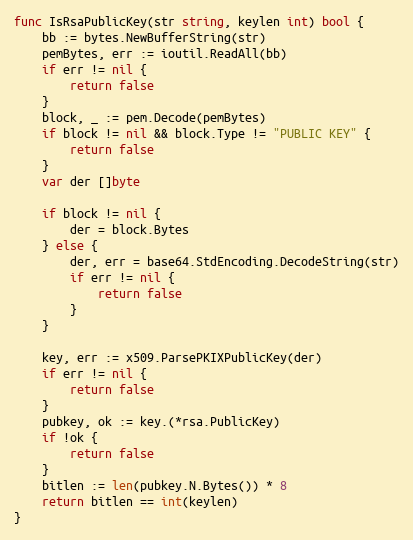
Language: Go
func IsRsaPublicKey(str string, keylen int) bool {
	bb := bytes.NewBufferString(str)
	pemBytes, err := ioutil.ReadAll(bb)
	if err != nil {
		return false
	}
	block, _ := pem.Decode(pemBytes)
	if block != nil && block.Type != "PUBLIC KEY" {
		return false
	}
	var der []byte

	if block != nil {
		der = block.Bytes
	} else {
		der, err = base64.StdEncoding.DecodeString(str)
		if err != nil {
			return false
		}
	}

	key, err := x509.ParsePKIXPublicKey(der)
	if err != nil {
		return false
	}
	pubkey, ok := key.(*rsa.PublicKey)
	if !ok {
		return false
	}
	bitlen := len(pubkey.N.Bytes()) * 8
	return bitlen == int(keylen)
}